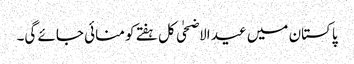
پاکستان میں عید الاضحٰی کل ہفتے کو منائی جائے گی۔